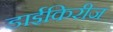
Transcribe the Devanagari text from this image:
डाईकिरीज